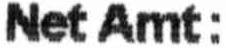
NET AMT: